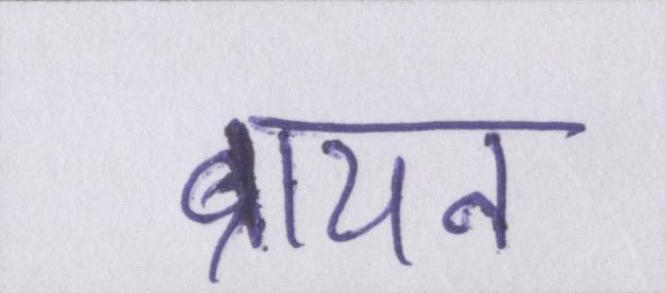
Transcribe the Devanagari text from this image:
ब्रायन